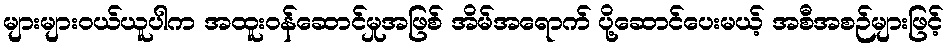
များများဝယ်ယူပါက အထူးဝန်ဆောင်မှုအဖြစ် အိမ်အရောက် ပို့ဆောင်ပေးမယ့် အစီအစဉ်များဖြင့်